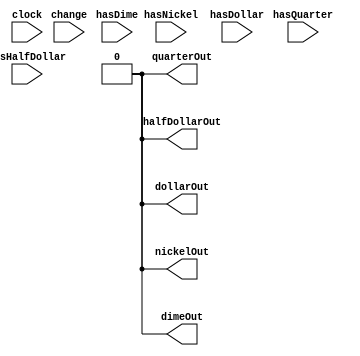
`timescale 1ns / 1ps
//////////////////////////////////////////////////////////////////////////////////
// Company: Texas Tech University
// 
// Design Name: Vending Machine
// Module Name: homework3
// Project Name: 
// Target Devices: 
// Tool Versions: 
// Description: 
// 
// Dependencies: 
// 
// Revision:
// Revision 0.01 - File Created
// Additional Comments: Microprocessor Architecture HW 2 
// 
//////////////////////////////////////////////////////////////////////////////////

module changeMaker(
    input clock,
    input [9:0] change,
    input hasNickel,
    input hasDime,
    input hasQuarter,
    input hasHalfDollar,
    input hasDollar,
    output reg nickelOut = 0,
    output reg dimeOut = 0,
    output reg quarterOut = 0,
    output reg halfDollarOut = 0,
    output reg dollarOut = 0
);

reg [9:0] changeDispensed = 0;

always @ (negedge clock) begin
        dollarOut = 0;
        halfDollarOut = 0;
        quarterOut = 0;
        dimeOut = 0;
        nickelOut = 0;
end

always @ (posedge clock) begin
    if(change>0)begin
        if(change - changeDispensed >= 100 & hasDollar) begin
            dollarOut = 1;
            changeDispensed = changeDispensed + 100;
        end
        else if(change - changeDispensed >= 50 & hasHalfDollar) begin
            halfDollarOut = 1;
            changeDispensed = changeDispensed + 50;
        end
        else if(change - changeDispensed >= 25 & hasQuarter) begin
            quarterOut = 1;
            changeDispensed = changeDispensed + 25;
        end
        else if(change - changeDispensed >= 10 & hasDime) begin
            dimeOut = 1;
            changeDispensed = changeDispensed + 10;
        end
        else if(change - changeDispensed >= 5 & hasNickel) begin
            nickelOut = 1;
            changeDispensed = changeDispensed + 5;
        end
    end        
 end

endmodule